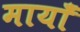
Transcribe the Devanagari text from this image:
मायाँ